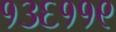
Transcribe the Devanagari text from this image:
१३६११९